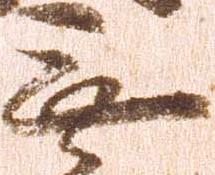
無